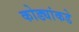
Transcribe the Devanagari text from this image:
कोड्यांकडे